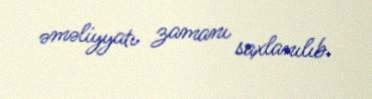
əməliyyatı zamanı saxlanılıb.